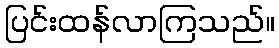
ပြင်းထန်လာကြသည်။